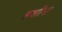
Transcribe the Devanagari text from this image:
हशीस